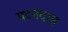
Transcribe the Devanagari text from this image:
मदनदास